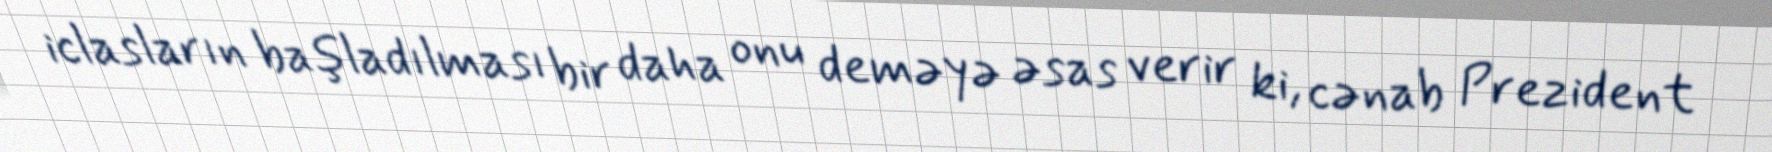
iclasların başladılması bir daha onu deməyə əsas verir ki, cənab Prezident